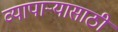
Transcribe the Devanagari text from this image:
व्यापार्‍यासाठी